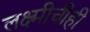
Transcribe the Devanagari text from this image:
लक्ष्मीचीही